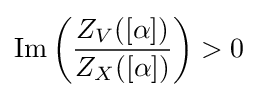
\operatorname {Im} \left({\frac {Z_{V}([\alpha ])}{Z_{X}([\alpha ])}}\right)>0